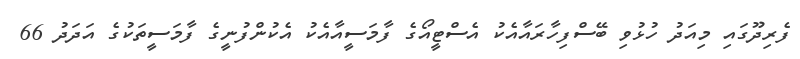
ފެރިދޫގައި މިއަދު ހުޅުވި ބޭސްފިހާރައާއެކު އެސްޓީއޯގެ ފާމަސީއާއެކު އެކުންފުނީގެ ފާމަސީތަކުގެ އަދަދު 66